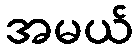
အမယ်